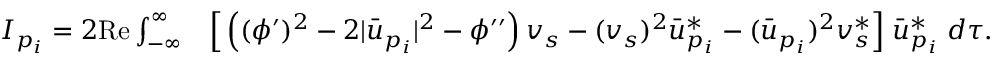
\begin{array} { r l } { I _ { p _ { i } } = 2 \mathrm { R e } \int _ { - \infty } ^ { \infty } } & { \Big [ \left( ( \phi ^ { \prime } ) ^ { 2 } - 2 | \bar { u } _ { p _ { i } } | ^ { 2 } - \phi ^ { \prime \prime } \right) v _ { s } - ( v _ { s } ) ^ { 2 } \bar { u } _ { p _ { i } } ^ { * } - ( \bar { u } _ { p _ { i } } ) ^ { 2 } v _ { s } ^ { * } \Big ] \; \bar { u } _ { p _ { i } } ^ { * } \; d \tau . } \end{array}